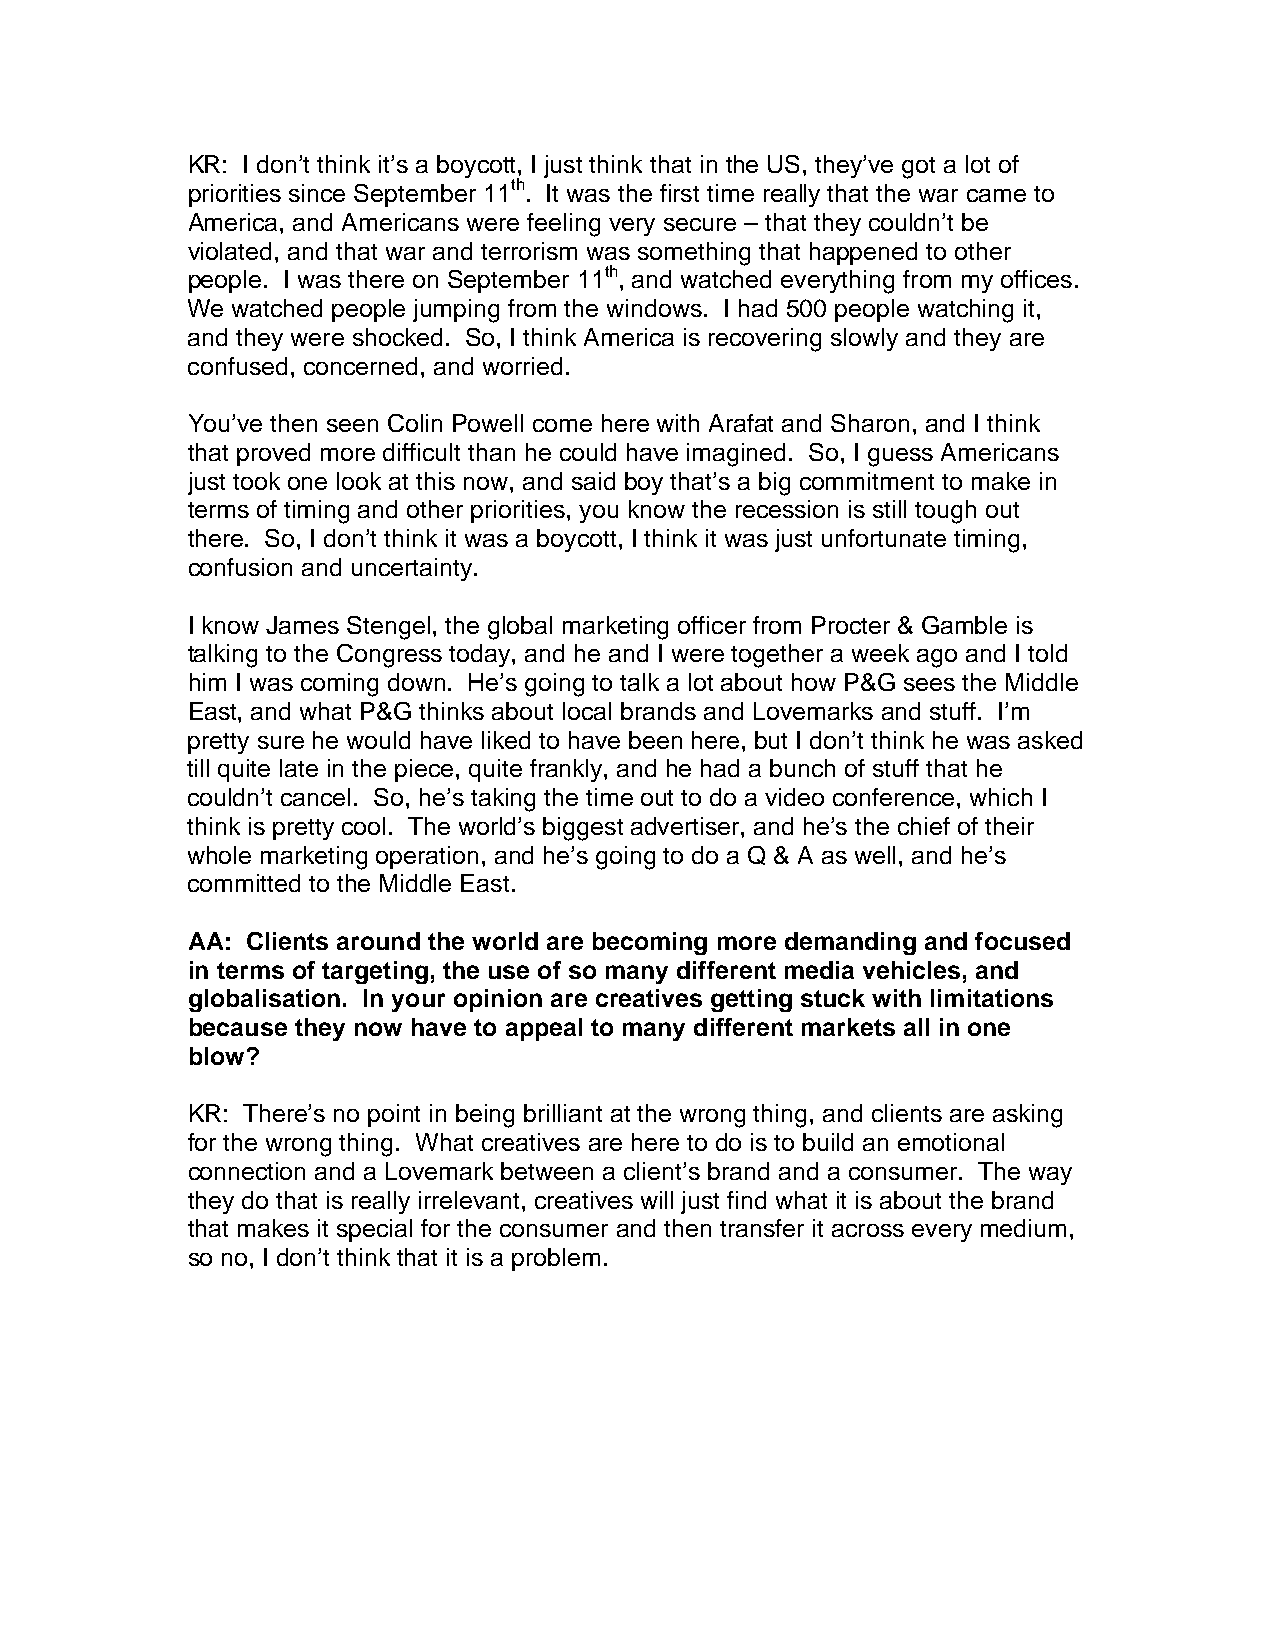
KR: I don’t think it’s a boycott, I just think that in the US, they’ve got a lot of
 priorities since September 11th. It was the first time really that the war came to
 America, and Americans were feeling very secure – that they couldn’t be
 violated, and that war and terrorism was something that happened to other
 people. I was there on September 11th, and watched everything from my offices.
 We watched people jumping from the windows. I had 500 people watching it,
 and they were shocked. So, I think America is recovering slowly and they are
 confused, concerned, and worried.
 You’ve then seen Colin Powell come here with Arafat and Sharon, and I think
 that proved more difficult than he could have imagined. So, I guess Americans
 just took one look at this now, and said boy that’s a big commitment to make in
 terms of timing and other priorities, you know the recession is still tough out
 there. So, I don’t think it was a boycott, I think it was just unfortunate timing,
 confusion and uncertainty.
 I know James Stengel, the global marketing officer from Procter & Gamble is
 talking to the Congress today, and he and I were together a week ago and I told
 him I was coming down. He’s going to talk a lot about how P&G sees the Middle
 East, and what P&G thinks about local brands and Lovemarks and stuff. I’m
 pretty sure he would have liked to have been here, but I don’t think he was asked
 till quite late in the piece, quite frankly, and he had a bunch of stuff that he
 couldn’t cancel. So, he’s taking the time out to do a video conference, which I
 think is pretty cool. The world’s biggest advertiser, and he’s the chief of their
 whole marketing operation, and he’s going to do a Q & A as well, and he’s
 committed to the Middle East.
 AA: Clients around the world are becoming more demanding and focused
 in terms of targeting, the use of so many different media vehicles, and
 globalisation. In your opinion are creatives getting stuck with limitations
 because they now have to appeal to many different markets all in one
 blow?
 KR: There’s no point in being brilliant at the wrong thing, and clients are asking
 for the wrong thing. What creatives are here to do is to build an emotional
 connection and a Lovemark between a client’s brand and a consumer. The way
 they do that is really irrelevant, creatives will just find what it is about the brand
 that makes it special for the consumer and then transfer it across every medium,
 so no, I don’t think that it is a problem.